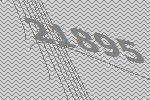
21895